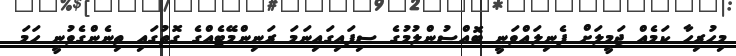
މިހުރިހާ ކަމެއް ޖަމީލަށް ފެނިލައްވަނީ ބޮއްސުންލުމުގެ ސިފައިގައިނަމަ ރަނިންމޭޓެއްގެ ގޮތުގައި ތިނެންގެވުނީ ހަމަ